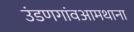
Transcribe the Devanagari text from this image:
उंडणगांवआमथाना